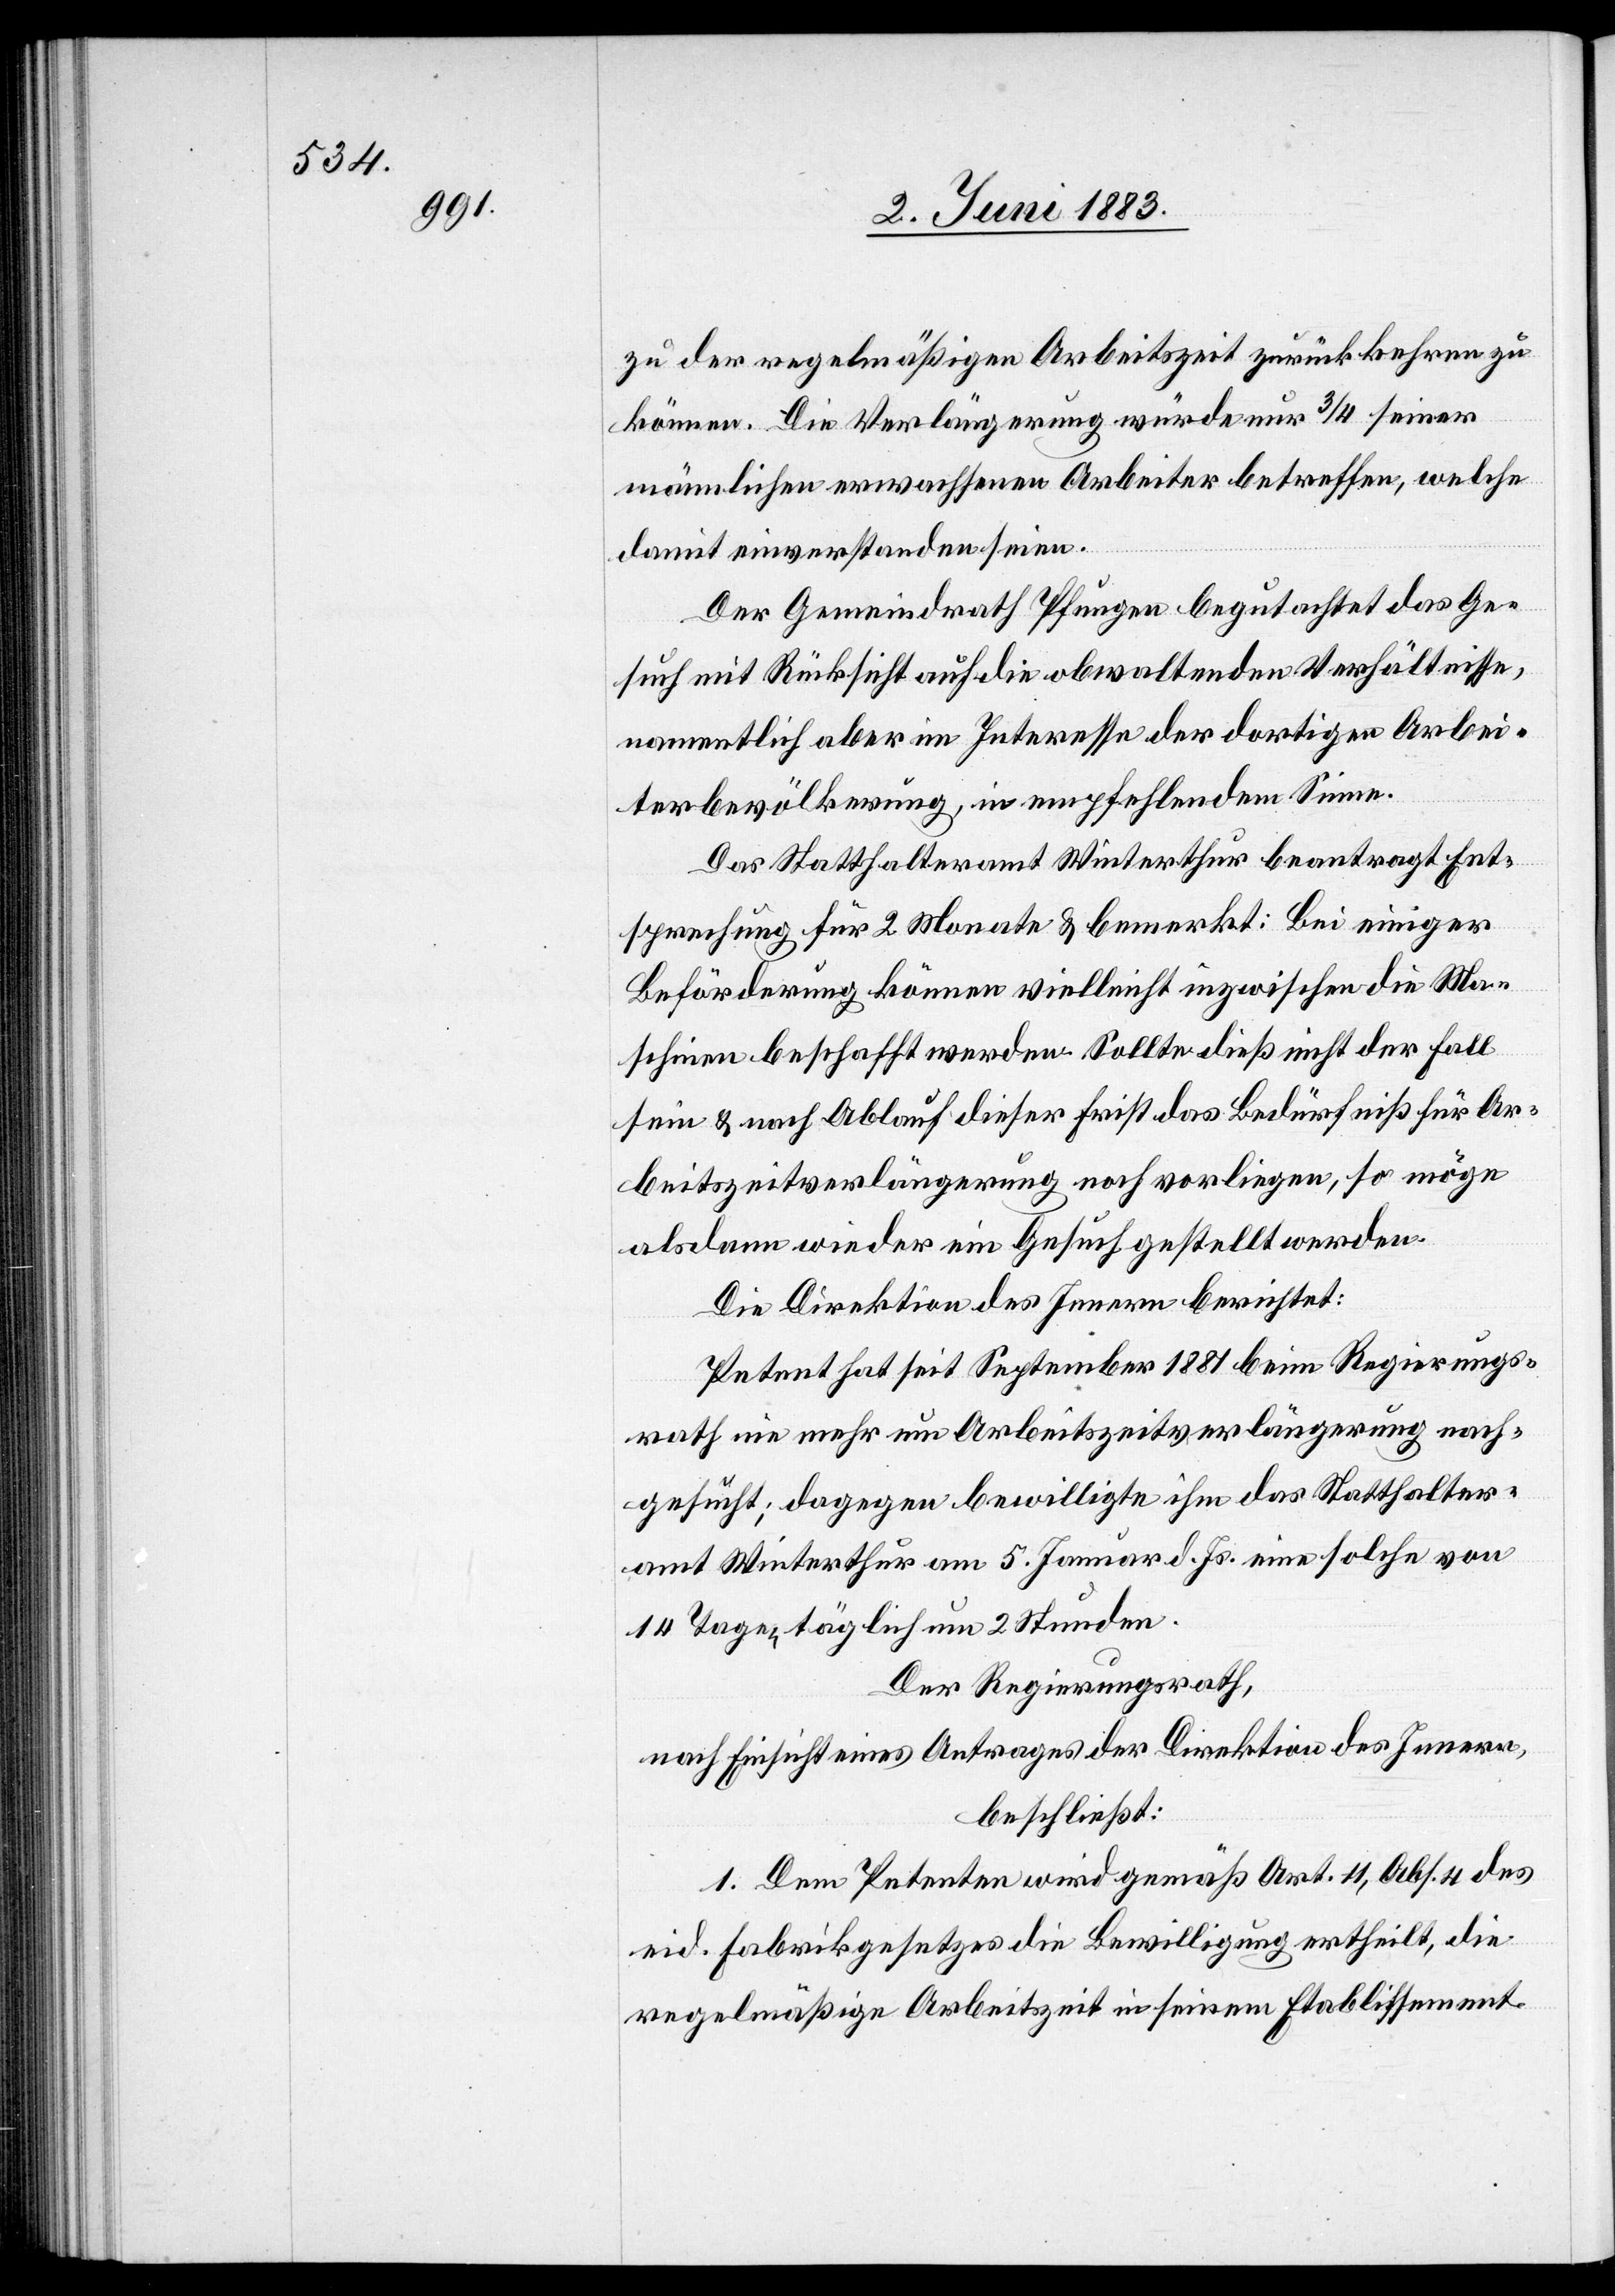
zu der regelmäßigen Arbeitszeit zurückzukehren zu
können. Die Verlängerung würde nur 3/4 seiner
männlichen erwachsenen Arbeiter betreffen, welche
damit einverstanden seien.
Der Gemeindrath Pfungen begutachtet das Ge¬
such mit Rücksicht auf die obwaltenden Verhältnisse,
namentlich aber im Interesse der dortigen Arbei¬
terbevölkerung, in empfehlendem Sinne.
Das Statthalteramt Winterthur beantragt Ent¬
sprechung für 2 Monate & bemerkt: Bei einiger
Beförderung können vielleicht inzwischen die Ma¬
schinen beschafft werden. Sollte dieß nicht der Fall
sein & nach Ablauf dieser Frist das Bedürfniß für Ar¬
beitszeitverlängerung noch vorliegen, so möge
alsdann wieder ein Gesuch gestellt werden.
Die Direktion des Innern berichtet:
Petent hat seit September 1881 beim Regierungs¬
rath nie mehr um Arbeitszeitverlängerung nach¬
gesucht; dagegen bewilligte ihm das Statthalter¬
amt Winterthur am 5. Januar d. Js. eine solche von
14 Tagen täglich um 2 Stunden.
Der Regierungsrath,
nach Einsicht eines Antrages der Direktion des Innern,
beschließt:
1. Dem Petenten wird gemäß Art. 11, Abs. 4 des
eid. Fabrikgesetzes die Bewilligung ertheilt, die
regelmäßige Arbeitszeit in seinem Etablissement